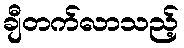
ချီတက်လာသည့်